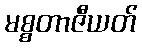
မစ္စတာဇီယတ်